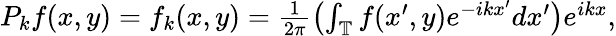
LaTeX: \begin{array}{r}{P_{k}f(x,y)=f_{k}(x,y)=\frac{1}{2\pi}\left(\int_{\mathbb{T}}f(x^{\prime},y)e^{-ikx^{\prime}}dx^{\prime}\right)e^{ikx},}\end{array}